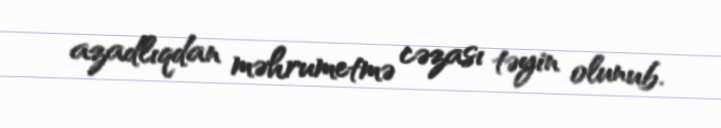
azadlıqdan məhrumetmə cəzası təyin olunub.